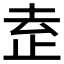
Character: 𬅻